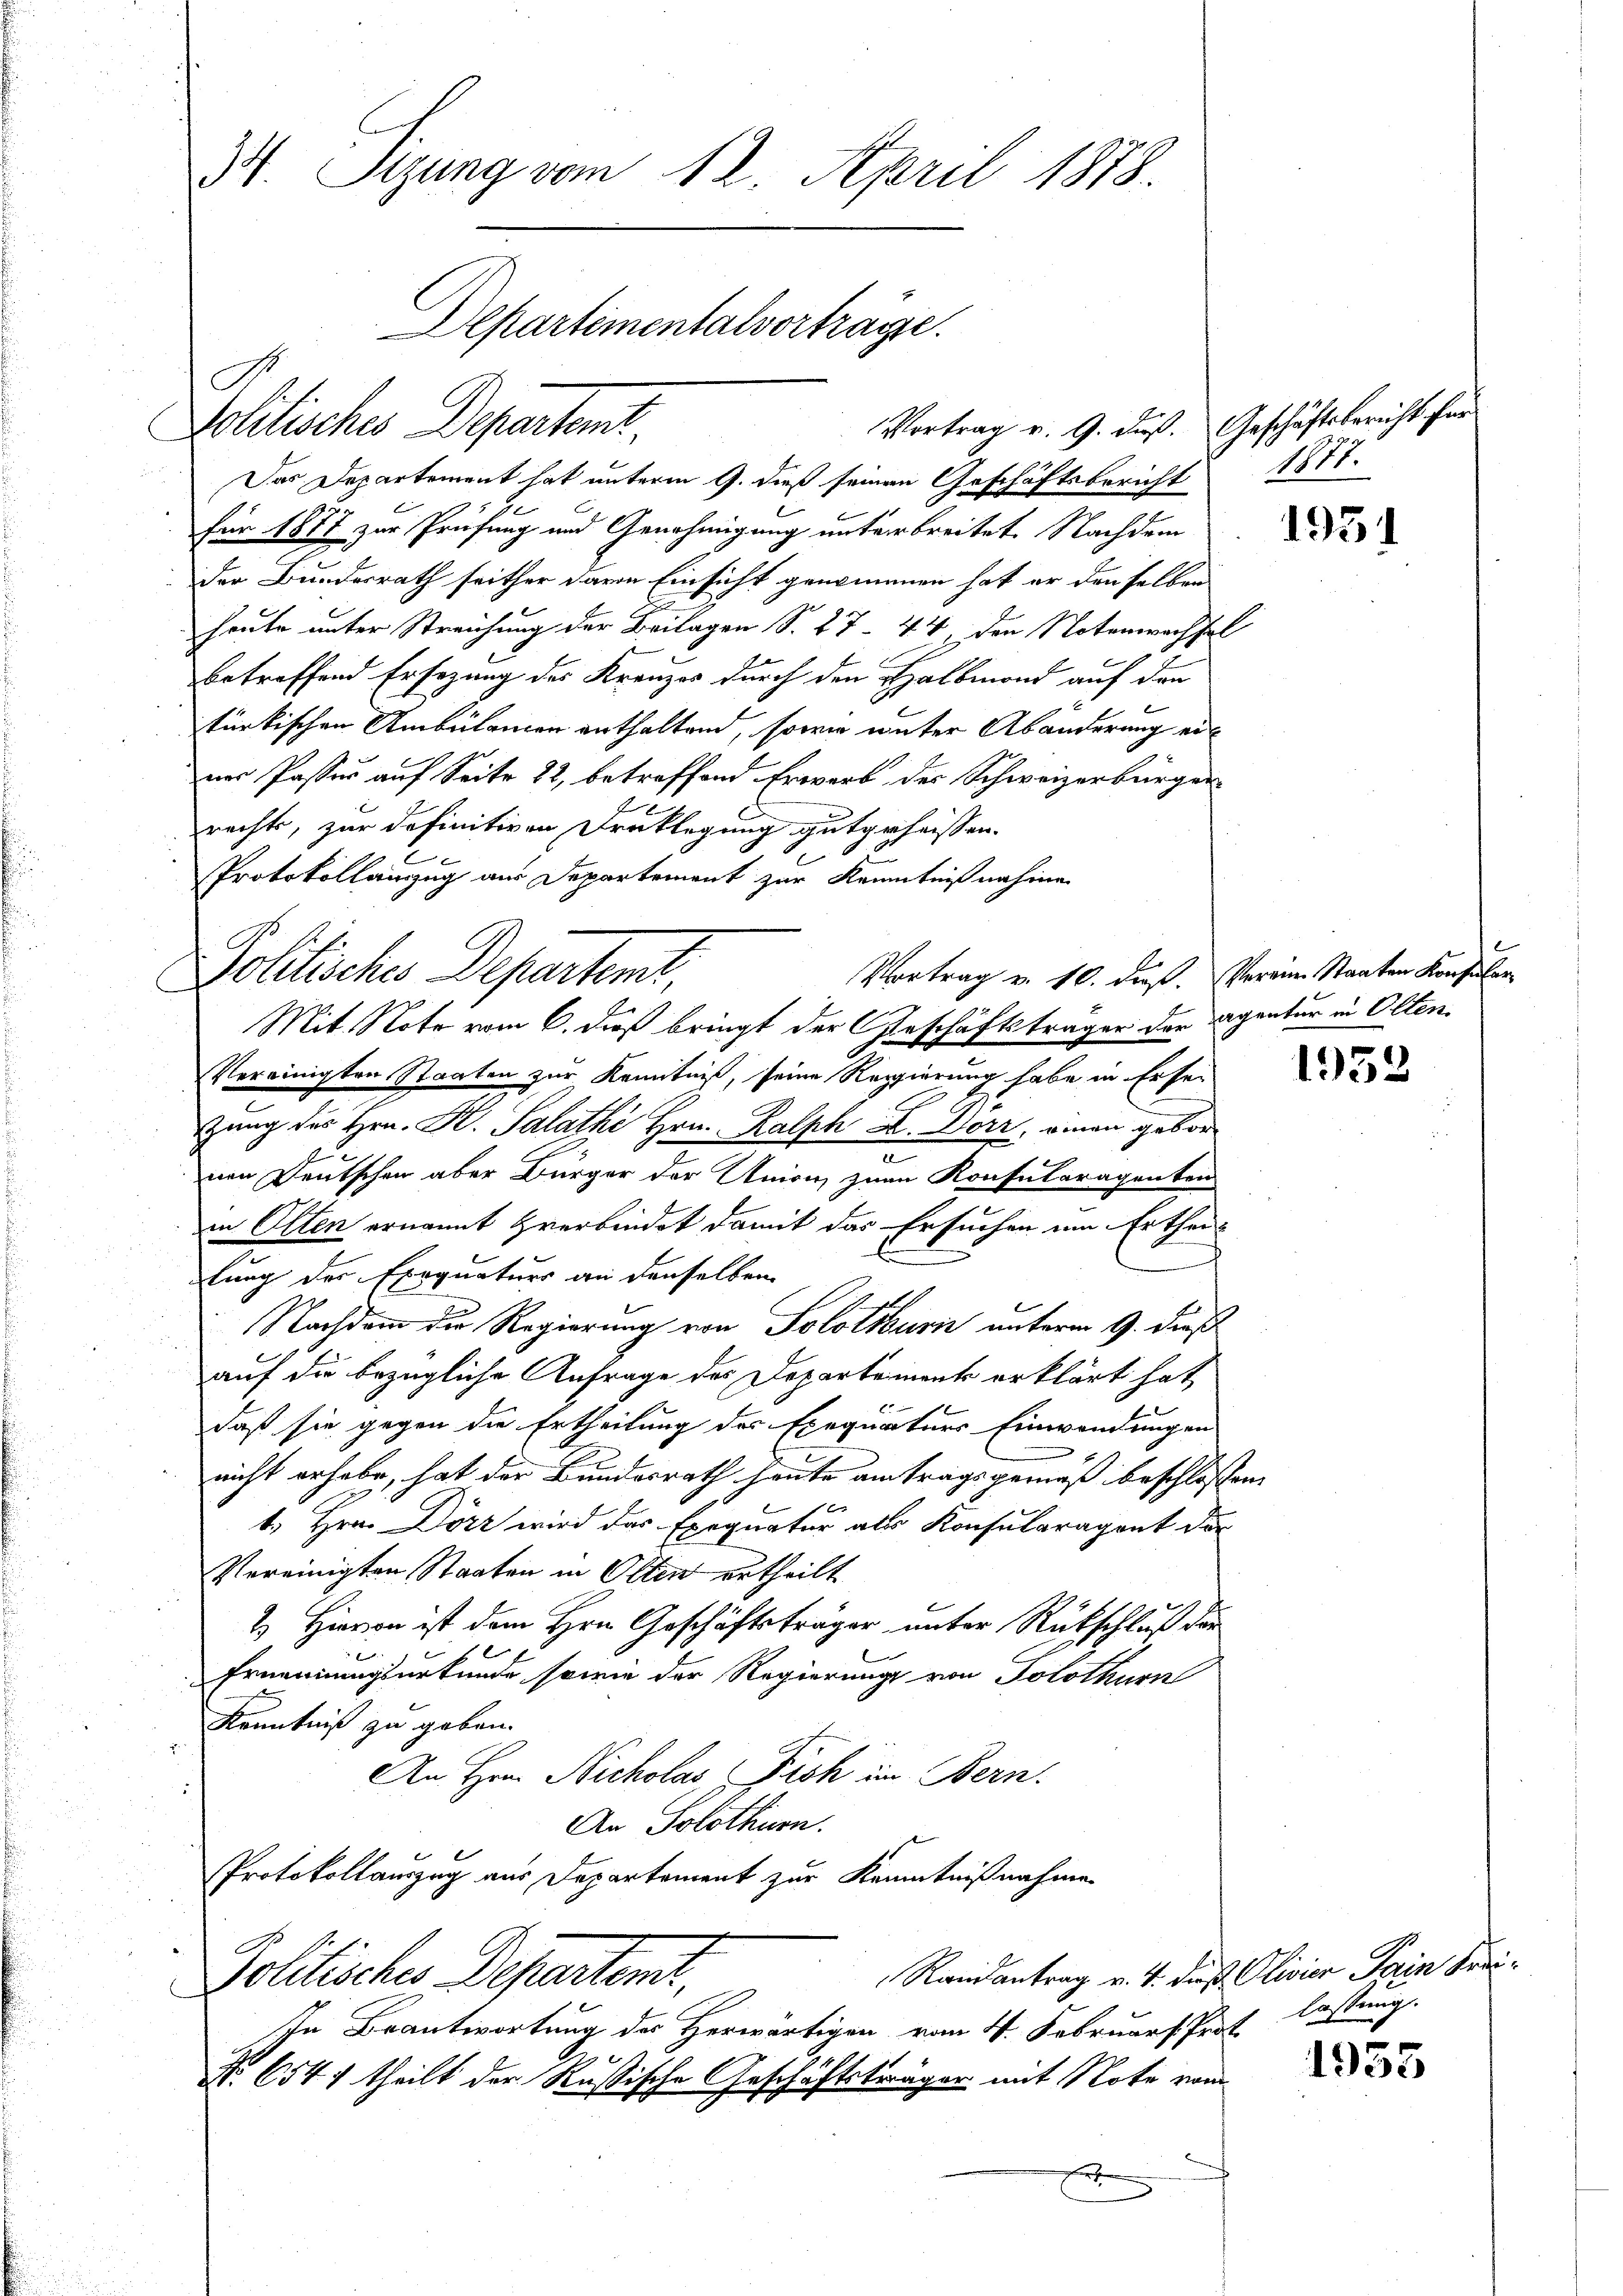
Pollische Detent

34. Sizung vom 12. April 1878.
Aepartementalvorträge.

Pollisches Departemt,
Vortrag v. 10. daß. Vereine Staaten Konfuser
Mit Note vom 6. daß bringt der Geschäftsträger der Agentur in Olten.

Das Departement hat unterm 9. dieß seinen Geschäftsbericht 1811.
für 1877 zur Prüfung und Genehmigung unterbreitet. Nachdem
der Bundesrath seither darin Einsicht genommen hat er denselben
heute unter Streichung der Beilagen S. 27. 44, den Notenwachsel
betreffend Ersezung des Kreuzes durch den Halbmond auf den
türkischen Ambulamen enthaltend, sowie unter Abänderung einer Passer auf Seite 22, betreffend Erwarb der Schweizerbürger
rechts, zur definitiven Draklegung gutgehassen.
Protokollanzug aus Departement zur Kenntnißnahme
Vereinigten Staaten zur Kenntniß, seine Reppierung habe in Erser
zung des Hrn. K. Salathe Hrn. Kalph X. Derz, omnen gebor
nen Deutschen aber Bürger der Union zum Konsularagenten
in Olten ernannt verbindet damit das Ersuchen um Erthei¬
J
tung des Exequaturs an denselben
l
Nachdem die Regierung von Solothurn unterm 9. dieß
auf die bezügliche Anfrage des Departement erklärt hat
daß sie gegen die Ertheilung des Exequaturs Einwendungen
nicht erhabe, hat der Bundesrath heute antragsgemäß beschlossen,
t, Hrn. Dörz wird das Exequatur als Konsularagent der
Vereinigten Staaten in Olten ertheilt
2) Hievon ist dem Hrn. Geschäftsträger unter Rückschluß der
Ernennungsurkunde sowie der Regierung von Solothurn
Kenntniß zu geben.
An Hrn. Nicholas ich im Bern.
An Solothurn.
Protokollauszug aus Departement zur Kenntnißnahme
Randantrag v. 4. dieß Clivier Parin Krei¬
Politisches Departent,
In Beantwortung des Herwärtigen vom 4. Februar Prot.
No. 654. theilt der Rußische Geschäftsträger mit Note vom
E

Vortrag v. 9. daß. Geschäftsbericht für

1951

1952

lassung.

1935